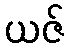
ယဇ်